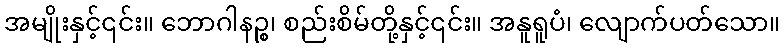
အမျိုးနှင့်၎င်း။ ဘောဂါနဉ္စ၊ စည်းစိမ်တို့နှင့်၎င်း။ အနူရူပံ၊ လျောက်ပတ်သော။